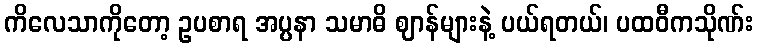
ကိလေသာကိုတော့ ဥပစာရ အပ္ပနာ သမာဓိ ဈာန်များနဲ့ ပယ်ရတယ်၊ ပထဝီကသိုဏ်း